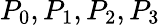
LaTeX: P_{0},P_{1},P_{2},P_{3}